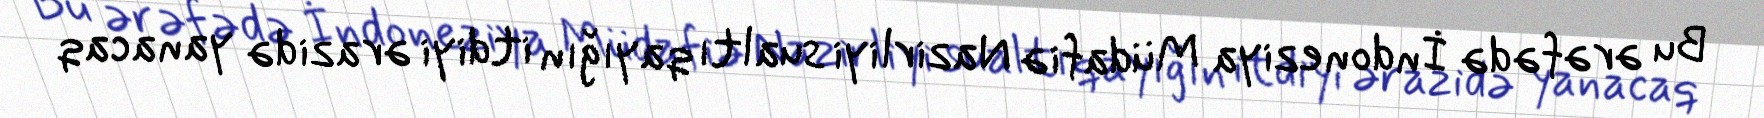
Bu ərəfədə İndoneziya Müdafiə Nazirliyi sualtı qayığın itdiyi ərazidə yanacaq